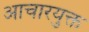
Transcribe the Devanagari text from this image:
आचारयुक्त